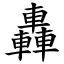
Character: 轟